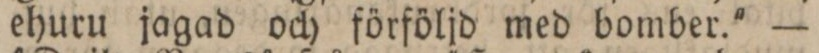
ehuru jagad och förföljd med bomber.' —